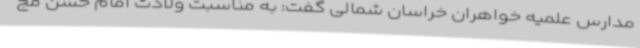
مدارس علمیه خواهران خراسان شمالی گفت: به مناسبت ولادت امام حسن مج